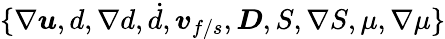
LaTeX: \{ \nabla\boldsymbol{u},d,\nabla{d},\dot{d},\boldsymbol{v}_{f/s},\boldsymbol{D},S,\nabla{S},\mu,\nabla\mu\}